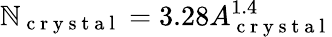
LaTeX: \mathbb{N}_{\mathrm{{~c~r~y~s~t~a~l~}}}=3.28A_{\mathrm{{~c~r~y~s~t~a~l~}}}^{1.4}